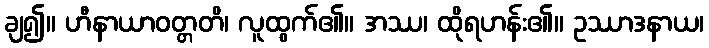
ချ၍။ ဟီနာယာဝတ္တတိ၊ လူထွက်၏။ အဿ၊ ထိုရဟန်း၏။ ဥဿာဒနာယ၊